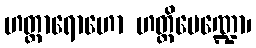
ဟတ္ထာရောဟော ဟတ္ထိမေဏ္ဍော၊